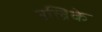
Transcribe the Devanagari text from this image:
उल्रिके